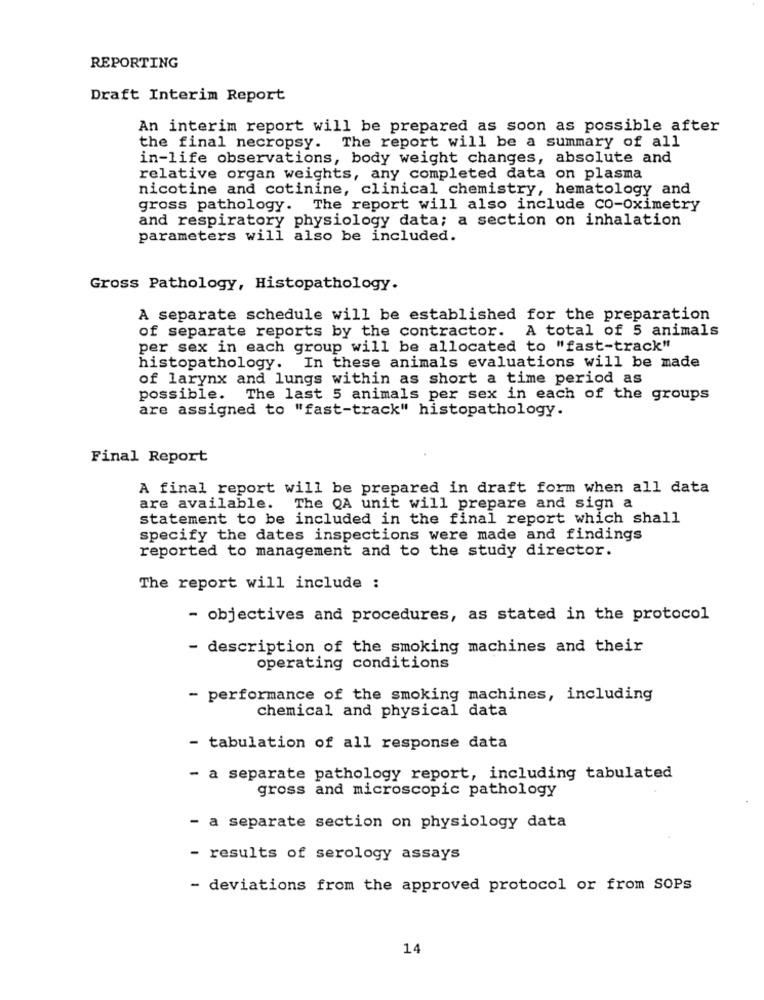
REPORTING
Draft Interim Report
An interim report will be prepared as soon as possible after
the final necropsy. The report will be a summary of all
in-life observations, body weight changes, absolute and
relative organ weights, any completed data on plasma
nicotine and cotinine, clinical chemistry, hematology and
gross pathology. The report will also include co-Oximetry
and respiratory physiology data; a section on inhalation
parameters will also be included.
Gross Pathology, Histopathology.
A separate schedule will be established for the preparation
of separate reports by the contractor. A total of 5 animals
per sex in each group will be allocated to "fast-track"
histopathology. In these animals evaluations will be made
of larynx and lungs within as short a time period as
possible. The last 5 animals per sex in each of the groups
are assigned to "fast-track" histopathology.
Final Report
A final report will be prepared in draft form when all data
are available. The QA unit will prepare and sign a
statement to be included in the final report which shall
specify the dates inspections were made and findings
reported to management and to the study director.
The report will include :
- objectives and procedures, as stated in the protocol
description of the smoking machines and their
operating conditions
- performance of the smoking machines, including
chemical and physical data
- tabulation of all response data
- a separate pathology report, including tabulated
gross and microscopic pathology
- a separate section on physiology data
- results of serology assays
- deviations from the approved protocol or from SOPs
14